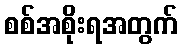
စစ်အစိုးရအတွက်